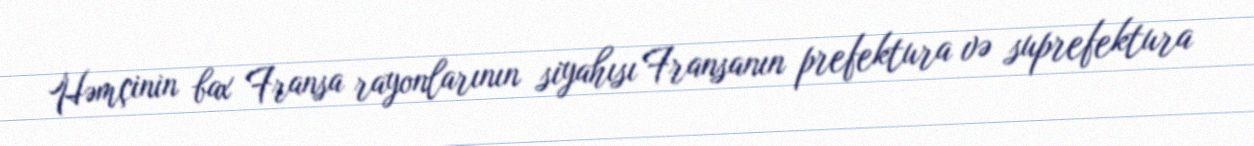
Həmçinin bax Fransa rayonlarının siyahısı Fransanın prefektura və suprefektura